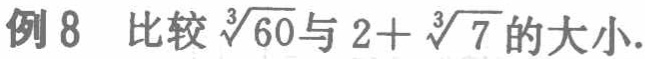
例8 比较$\sqrt[3]{60}$与$2 + \sqrt[3]{7}$的大小.